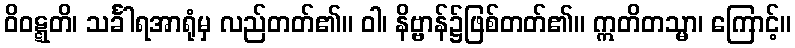
ဝိဝဋ္ဋတိ၊ သင်္ခါရအာရုံမှ လည်တတ်၏။ ဝါ၊ နိဗ္ဗာန်၌ဖြစ်တတ်၏။ ဣတိတသ္မာ၊ ကြောင့်။